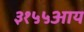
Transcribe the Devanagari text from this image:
३१५५आय